Scottish Certificate of Education, 1963
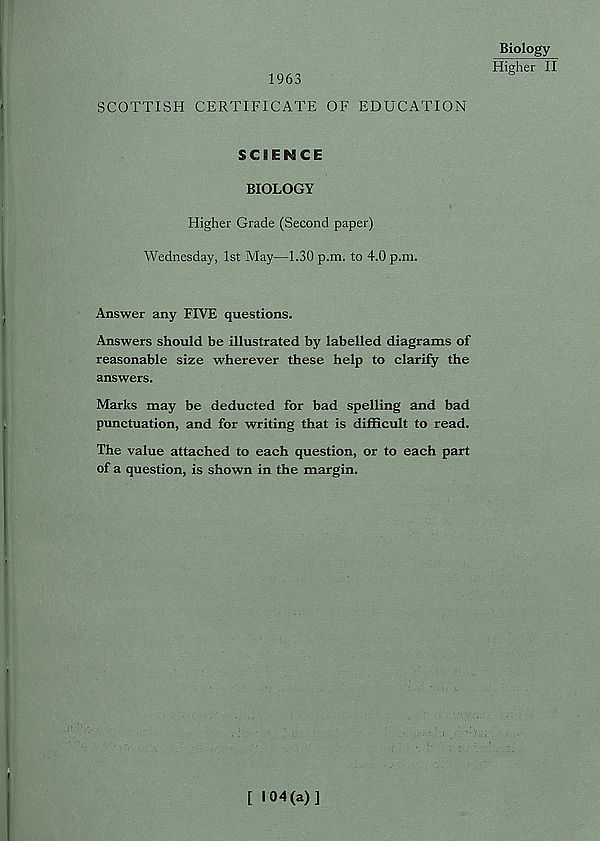
1963
Biology
Higher II
SCOTTISH CERTIFICATE OF EDUCATION
SCIENCE
BIOLOGY
Higher Grade (Second paper)
Wednesday, 1st May—1.30 p.m. to 4.0 p.m.
Answer any FIVE questions.
Answers should be illustrated by labelled diagrams of
reasonable size wherever these help to clarify the
answers.
Marks may be deducted for bad spelling and bad
punctuation, and for writing that is difficult to read.
The value attached to each question, or to each part
of a question, is shown in the margin.
E 104(a)]